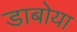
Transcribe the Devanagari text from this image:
डाबोया